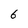
Character: 6